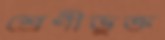
শ্রেণীভুক্ত